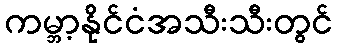
ကမ္ဘာ့နိုင်ငံအသီးသီးတွင်